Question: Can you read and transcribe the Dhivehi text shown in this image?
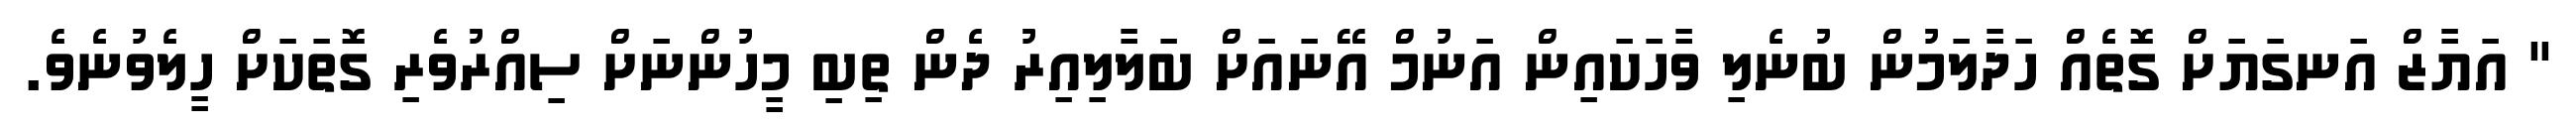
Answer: " އަޔާޒް އަނގަޔަށް ގޮތެއް ހަދާލަމުން ބުނެލި ވާހަކައިން އަނުމް އޭނައަށް ބަލާލިއިރު ދެން ތިބި މީހުންނަށް ސިއްރުވެރި ގޮތަކަށް ހީލެވުނެވެ.